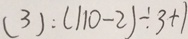
( 3 ) : ( 1 1 0 - 2 ) \div 3 + 1